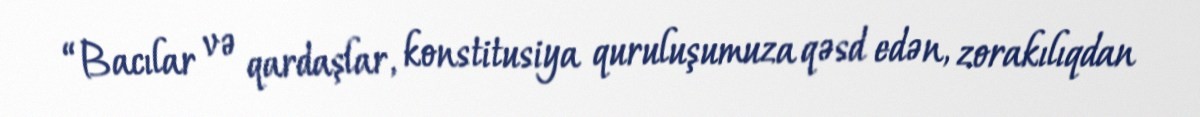
“Bacılar və qardaşlar, konstitusiya quruluşumuza qəsd edən, zorakılıqdan